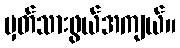
မှတ်သားဖွယ်အကျယ်။